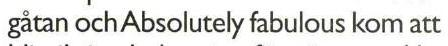
gåtan och Absolutely fabulous kom att